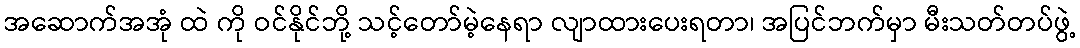
အဆောက်အအုံ ထဲ ကို ဝင်နိုင်ဘို့ သင့်တော်မဲ့နေရာ လျာထားပေးရတာ၊ အပြင်ဘက်မှာ မီးသတ်တပ်ဖွဲ့